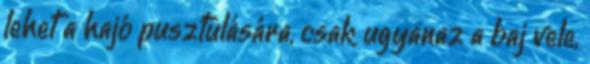
lehet a hajó pusztulására, csak ugyanaz a baj vele,